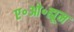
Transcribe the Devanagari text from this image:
ए॰ओ॰ह्यूम